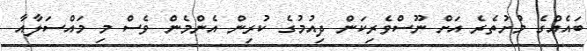
ބައެއްގެ މުށުތެރެ އަށް ނޫސްވެރިކަން ދިއުމުގެ ކުރިިން އެންމެން ވެސް މި މައްސަލާއާ